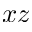
x z